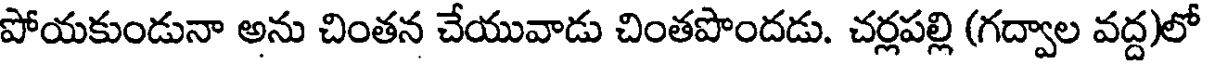
పోయకుండునా అను చింతన చేయువాడు చింతపొందడు. చర్లపల్లి (గద్వాల వద్ద)లో